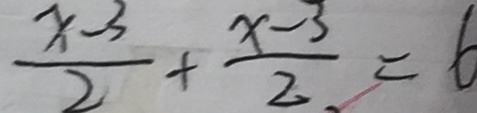
\frac { x - 3 } { 2 } + \frac { x - 3 } { 2 } = 6